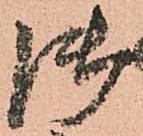
御